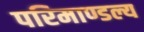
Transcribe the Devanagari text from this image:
परिमाण्डल्य